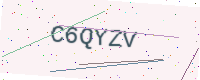
Text: C6QYZV